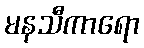
မနသီကာရော